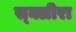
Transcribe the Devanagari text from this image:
स्क्लीरा